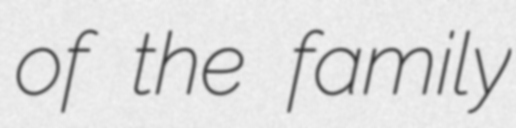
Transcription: of the family